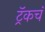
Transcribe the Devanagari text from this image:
ट्रॅकचं